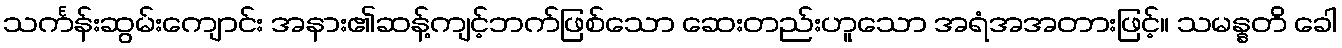
သင်္ကန်းဆွမ်းကျောင်း အနား၏ဆန့်ကျင့်ဘက်ဖြစ်သော ဆေးတည်းဟူသော အရံအအတားဖြင့်။ သမန္နတိ ခေါ